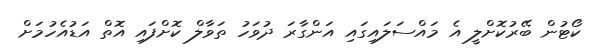
ކޯޓުން ބޭރުކޮށްލީ އެ މައްސަލައިގައި އަންގާރަ ދުވަހު ތަވާލް ކޮށްފައި އޮތް އަޑުއެހުމަށް